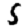
Digit: 5